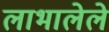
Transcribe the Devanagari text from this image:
लाभालेले